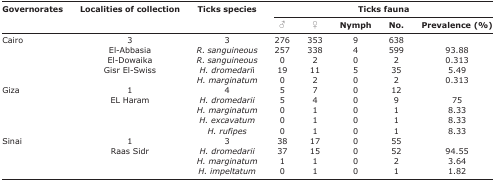
| <ROWSPAN=3> Governorates | <ROWSPAN=3> Localities of collection | <ROWSPAN=3> Ticks species | <COLSPAN=5> Ticks fauna |
 | ♂ | ♀ | Nymph | No. | Prevalence (%) |
 | --- | --- | --- | --- | --- | --- | --- | --- |
 | Cairo | 3 | 3 | 276 | 353 | 9 | 638 |  |
 |  | El-Abbasia | R. sanguineous | 257 | 338 | 4 | 599 | 93.88 |
 |  | El-Dowaika | R. sanguineous | 0 | 2 | 0 | 2 | 0.313 |
 |  | <ROWSPAN=2> Gisr El-Swiss | H. dromedarii | 19 | 11 | 5 | 35 | 5.49 |
 |  | H. marginatum | 0 | 2 | 0 | 2 | 0.313 |
 | Giza | 1 | 4 | 5 | 7 | 0 | 12 |  |
 |  | EL Haram | H. dromedarii | 5 | 4 | 0 | 9 | 75 |
 |  |  | H. marginatum | 0 | 1 | 0 | 1 | 8.33 |
 |  |  | H. excavatum | 0 | 1 | 0 | 1 | 8.33 |
 |  |  | H. rufipes | 0 | 1 | 0 | 1 | 8.33 |
 | Sinai | 1 | 3 | 38 | 17 | 0 | 55 |  |
 |  | Raas Sidr | H. dromedarii | 37 | 15 | 0 | 52 | 94.55 |
 |  |  | H. marginatum | 1 | 1 | 0 | 2 | 3.64 |
 |  |  | H. impeltatum | 0 | 1 | 0 | 1 | 1.82 |